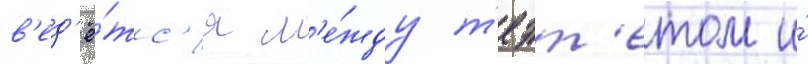
в'ед'ё́тс'я м'е́жду т'еэт'етом и́